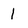
Character: 1